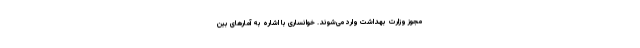
مجوز وزارت بهداشت وارد می‌شوند. خوانساری با اشاره به آمارهای بین‌